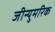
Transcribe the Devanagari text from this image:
जीन्युमरिक